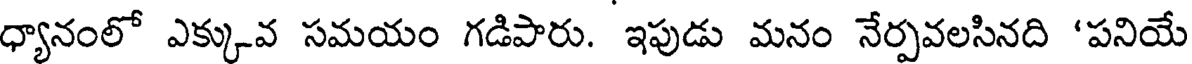
ధ్యానంలో ఎక్కువ సమయం గడిపారు. ఇపుడు మనం నేర్పవలసినది 'పనియే